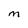
Character: M